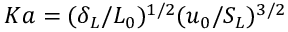
K a = ( \delta _ { L } / L _ { 0 } ) ^ { 1 / 2 } ( u _ { 0 } / S _ { L } ) ^ { 3 / 2 }